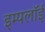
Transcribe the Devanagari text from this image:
इम्पलॉई